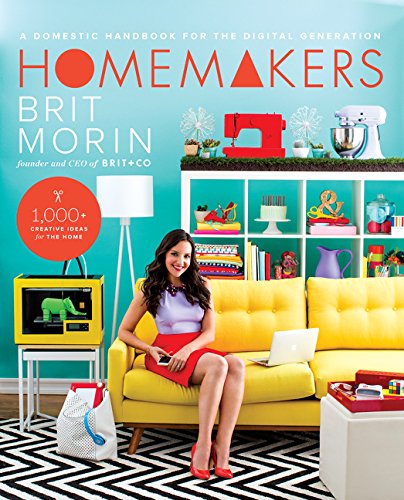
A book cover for Homemakers: A Domestic Handbook for the Digital Generation; Brit Morin; Crafts, Hobbies & Home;